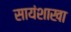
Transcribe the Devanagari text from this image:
सायंशाखा